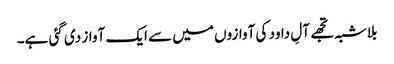
بلاشبہ تجھے آلِ داود کی آوازوں میں سے ایک آواز دی گئی ہے۔